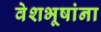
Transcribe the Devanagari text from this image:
वेशभूषांना